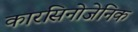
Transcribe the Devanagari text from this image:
कारसिनोजेनिक